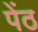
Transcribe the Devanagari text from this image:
पेंठ